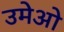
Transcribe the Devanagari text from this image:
उमेओ